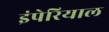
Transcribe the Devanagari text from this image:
इंपेरियाल